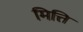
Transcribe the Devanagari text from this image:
मित्ति